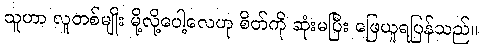
သူဟာ လူတစ်မျိုး မို့လို့ပေါ့လေဟု စိတ်ကို ဆုံးမပြီး ဖြေယူရပြန်သည်။